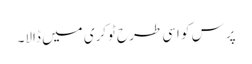
پرس کو اسی طرح ٹوکری میں ڈالا۔